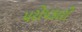
પરોપકારી